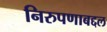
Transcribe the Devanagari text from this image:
निरुपणाबद्दल